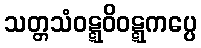
သတ္တသံဝဋ္ဋဝိဝဋ္ဋကပ္ပေ